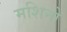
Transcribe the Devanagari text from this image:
मशिनो